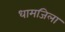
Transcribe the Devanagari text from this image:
धामजिला